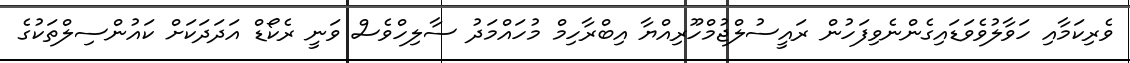
ވެރިކަމާއި ހަވާލުވެވަޑައިގެންނެވިފަހުން ރައީސުލްޖުމްހޫރިއްޔާ އިބްރާހިމް މުހައްމަދު ސާލިހްވެސް ވަނީ ރެކޯޑް އަދަދަކަށް ކައުންސިލްތަކުގެ